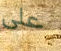
على